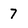
Character: 7